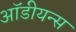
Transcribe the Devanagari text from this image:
ऑडीयन्स